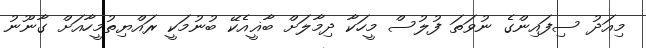
މިއަދު ސިފައިންގެ ނުވަތަ ފުލުސް މީހަކާ ދިމާލަށް ބާޣީއެކޭ ބުނުމަކީ ރައްޔިތުމީހާއަށް ގާނޫނު